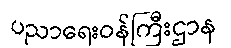
ပညာရေးဝန်ကြီးဌာန